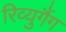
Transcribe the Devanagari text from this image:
रिव्युगैंग